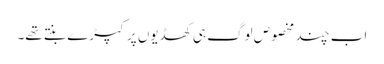
اب چند مخصوص لوگ ہی کھڈیوں پر کپڑے بنتے تھے۔